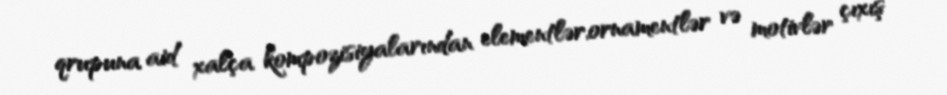
qrupuna aid xalça kompozisiyalarından elementlər,ornamentlər və motivlər çıxış